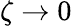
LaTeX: \zeta\to 0